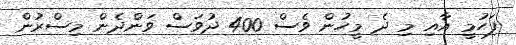
ފަހުމީ އާއި މި ދެ މީހުން ވެސް 400 ދުވަސް ވަންދެން މިސްރުން